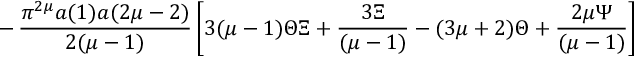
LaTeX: - \, \frac { \pi ^ { 2 \mu } a ( 1 ) a ( 2 \mu - 2 ) } { 2 ( \mu - 1 ) } \left[ 3 ( \mu - 1 ) \Theta \Xi + \frac { 3 \Xi } { ( \mu - 1 ) } - ( 3 \mu + 2 ) \Theta + \frac { 2 \mu \Psi } { ( \mu - 1 ) } \right]